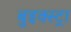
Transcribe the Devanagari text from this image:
बुइक्स्ट्रा